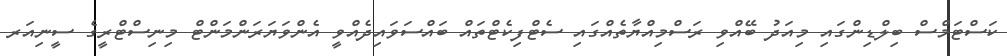
ކަސްޓަމްސް ބިލްޑިންގައި މިއަދު ބޭއްވި ރަސްމިއްޔާތެއްގައި ސެޓްފިކެޓްތައް ބައްސަވައިދެއްވީ އެންވަޔަރަންމަންޓް މިނިސްޓްރީގެ ސީނިއަރ